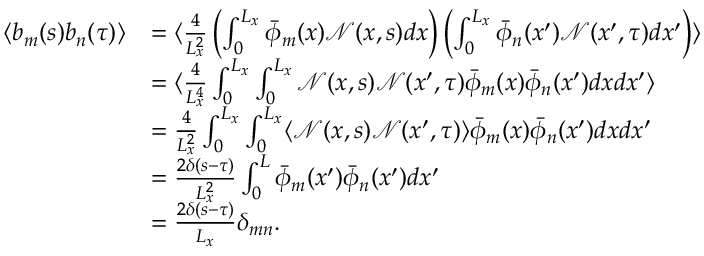
\begin{array} { r l } { \langle b _ { m } ( s ) b _ { n } ( \tau ) \rangle } & { = \langle \frac { 4 } { L _ { x } ^ { 2 } } \left( \int _ { 0 } ^ { L _ { x } } \bar { \phi } _ { m } ( x ) \mathcal { N } ( x , s ) d x \right) \left( \int _ { 0 } ^ { L _ { x } } \bar { \phi } _ { n } ( x ^ { \prime } ) \mathcal { N } ( x ^ { \prime } , \tau ) d x ^ { \prime } \right) \rangle } \\ & { = \langle \frac { 4 } { L _ { x } ^ { 4 } } \int _ { 0 } ^ { L _ { x } } \int _ { 0 } ^ { L _ { x } } \mathcal { N } ( x , s ) \mathcal { N } ( x ^ { \prime } , \tau ) \bar { \phi } _ { m } ( x ) \bar { \phi } _ { n } ( x ^ { \prime } ) d x d x ^ { \prime } \rangle } \\ & { = \frac { 4 } { L _ { x } ^ { 2 } } \int _ { 0 } ^ { L _ { x } } \int _ { 0 } ^ { L _ { x } } \langle \mathcal { N } ( x , s ) \mathcal { N } ( x ^ { \prime } , \tau ) \rangle \bar { \phi } _ { m } ( x ) \bar { \phi } _ { n } ( x ^ { \prime } ) d x d x ^ { \prime } } \\ & { = \frac { 2 \delta ( s - \tau ) } { L _ { x } ^ { 2 } } \int _ { 0 } ^ { L } \bar { \phi } _ { m } ( x ^ { \prime } ) \bar { \phi } _ { n } ( x ^ { \prime } ) d x ^ { \prime } } \\ & { = \frac { 2 \delta ( s - \tau ) } { L _ { x } } \delta _ { m n } . } \end{array}